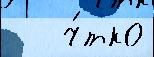
   ч́тко